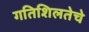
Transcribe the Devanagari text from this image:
गतिशिलतेचे